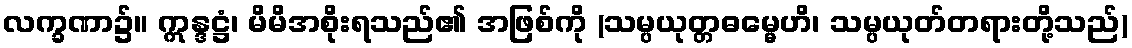
လက္ခဏာ၌။ ဣန္ဒဋ္ဌံ၊ မိမိအစိုးရသည်၏ အဖြစ်ကို (သမ္ပယုတ္တဓမ္မေဟိ၊ သမ္ပယုတ်တရားတို့သည်)